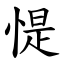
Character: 惿